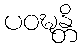
ပဝဍ္ဎန္တိ